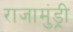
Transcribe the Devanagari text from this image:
राजामुंड्री